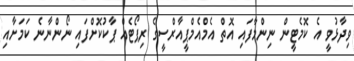
ވިދާޅުވީ އެ ކޮމެޓީން ނިންމާފައި އޮތް އެމްއެމްޕީއާރްސީގެ ރިޕޯޓެއް ޕާކުކޮށްފައި ނޯންނާނެ ކަމަށާއި